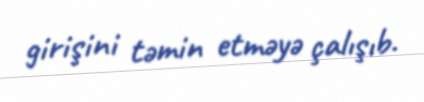
girişini təmin etməyə çalışıb.